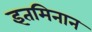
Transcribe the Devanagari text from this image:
इतमिनान